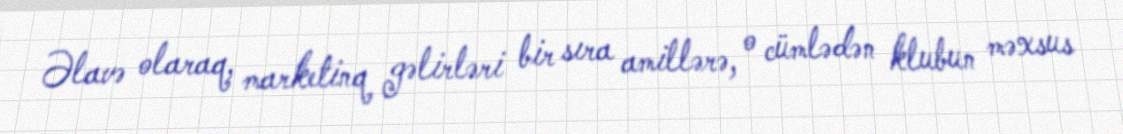
Əlavə olaraq, marketinq gəlirləri bir sıra amillərə, o cümlədən klubun məxsus